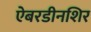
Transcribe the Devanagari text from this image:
ऐबरडीनशिर